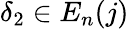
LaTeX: \delta_{2}\in E_{n}(j)